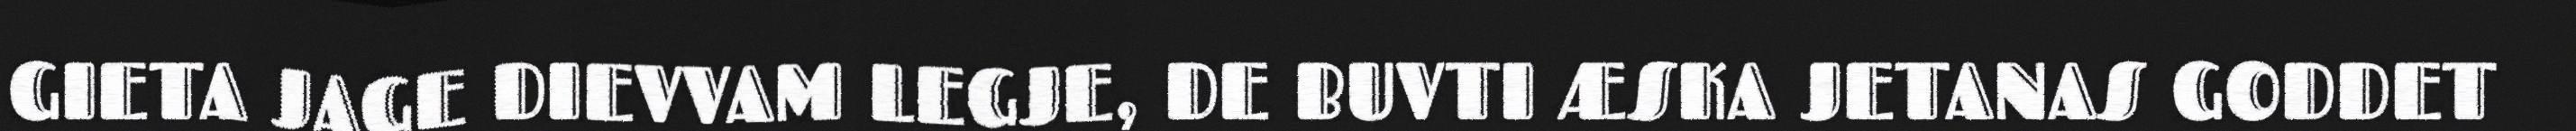
GIETA JAGE DIEVVAM LEGJE, DE BUVTI ÆSKA JETANAS GODDET